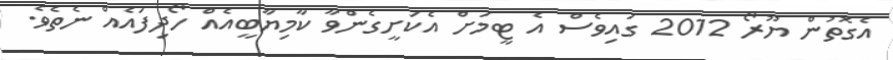
އެގޮތުން ޔޫރޯ 2012 ގައިވެސް އެ ޓީމަށް އެކަށީގެންވާ ކާމިޔާބީއެއް ހޯދިފައެއް ނެތެވެ.